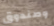
وصندوق